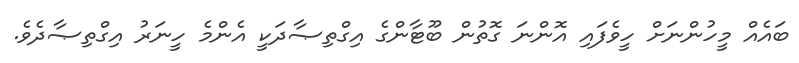
ބައެއް މީހުންނަށް ހީވެފައި އޮންނަ ގޮތުން ބޫޓާންގެ އިގްތިޞާދަކީ އެންމެ ހީނަރު އިގްތިޞާދެވެ.